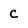
Character: C